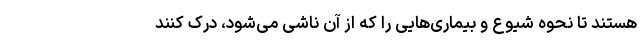
هستند تا نحوه شیوع و بیماری‌هایی را که از آن ناشی می‌شود، درک کنند